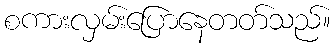
စကားလှမ်းပြောနေတတ်သည်။